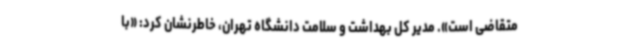
متقاضی است». مدیر کل بهداشت و سلامت دانشگاه تهران، خاطرنشان کرد: «با